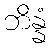
ဘိန္နံ